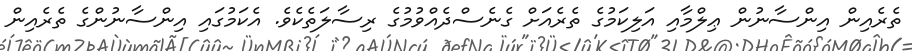
ތެރެއިން އިންސާނުން ޢިލްމާއި އަލިކަމުގެ ތެރެއަށް ގެނެސްދެއްވުމުގެ ރިސާލަތެކެވެ. އެކަމުގައި އިންސާނުންގެ ތެރެއިން